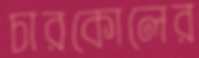
চারকোলের